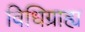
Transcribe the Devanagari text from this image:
विधिग्राह्य